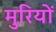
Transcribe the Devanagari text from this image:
मुरियों